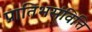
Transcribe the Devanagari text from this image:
प्रातिभसंवित्ति